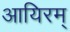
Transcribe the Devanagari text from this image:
आयिरम्